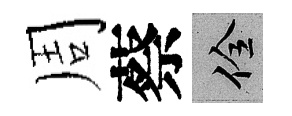
周蔡佺